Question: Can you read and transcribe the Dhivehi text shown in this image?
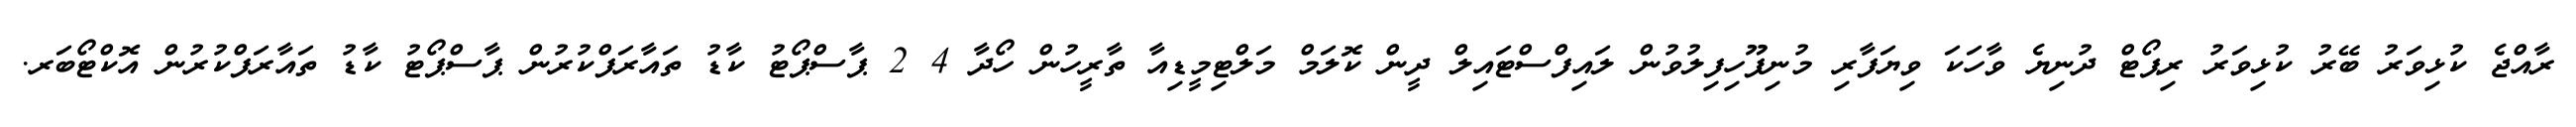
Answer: ރާއްޖެ ކުޅިވަރު ބޭރު ކުޅިވަރު ރިޕޯޓް ދުނިޔެ ވާހަކަ ވިޔަފާރި މުނިފޫހިފިލުވުން ލައިފްސްޓައިލް ދީން ކޮލަމް މަލްޓިމީޑިއާ ތާރީހުން ހޯދާ 4 2 ޕާސްޕޯޓު ކާޑު ތައާރަފްކުރުން ޕާސްޕޯޓު ކާޑު ތައާރަފްކުރުން އޮކްޓޯބަރ.